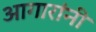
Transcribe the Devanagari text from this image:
आगारांनी